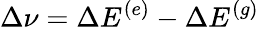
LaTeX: \Delta\nu=\Delta E^{(e)}-\Delta E^{(g)}